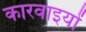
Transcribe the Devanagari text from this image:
कारवाइयों